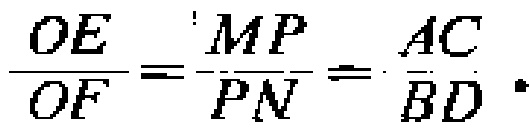
\(\frac{OE}{OF}=\frac{MP}{PN}=\frac{AC}{BD}\)